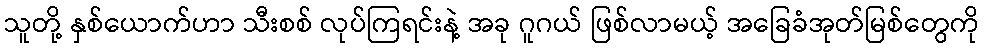
သူတို့ နှစ်ယောက်ဟာ သီးစစ် လုပ်ကြရင်းနဲ့ အခု ဂူဂယ် ဖြစ်လာမယ့် အခြေခံအုတ်မြစ်တွေကို